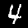
Label: 4